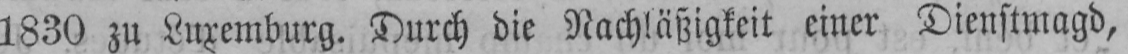
1830 zu Luxemburg. Durch die Nachläßigkeit einer Dienstmagd,